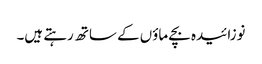
نوزائیدہ بچے ماؤں کے ساتھ رہتے ہیں۔